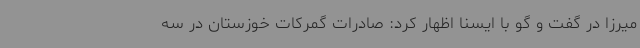
میرزا در گفت و گو با ایسنا اظهار کرد: صادرات گمرکات خوزستان در سه